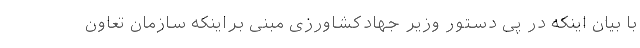
با بیان اینکه در پی دستور وزیر جهادکشاورزی مبنی براینکه سازمان تعاون